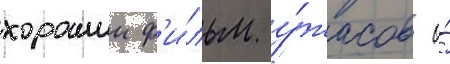
хорошии ф'и́льм у́жасов о́